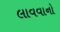
લાવવાનો